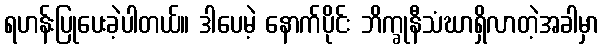
ရဟန်းပြုပေးခဲ့ပါတယ်။ ဒါပေမဲ့ နောက်ပိုင်း ဘိက္ခုနီသံဃာရှိလာတဲ့အခါမှာ